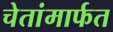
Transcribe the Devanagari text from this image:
चेतांमार्फत